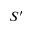
S ^ { \prime }